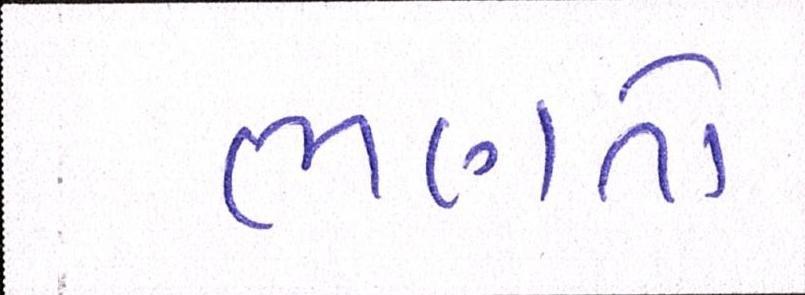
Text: ભણતો